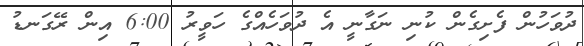
ދުވަހުން ފެށިގެން ކުނި ނަގާނީ އެ ދުވަހެއްގެ ހަވީރު 6:00 އިން ރޭގަނޑު